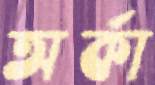
অর্কা